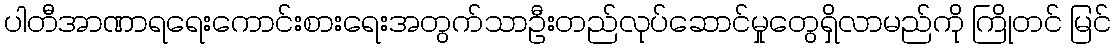
ပါတီအာဏာရရေးကောင်းစားရေးအတွက်သာဦးတည်လုပ်ဆောင်မှုတွေရှိလာမည်ကို ကြိုတင် မြင်